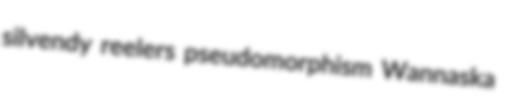
silvendy reelers pseudomorphism Wannaska